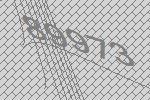
89973